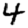
Digit: 4